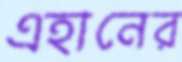
এহানের